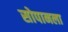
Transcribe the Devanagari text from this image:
सोपानला